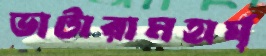
ভাটারামহার্ঘ্